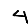
Digit: 4